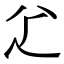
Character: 𠔇